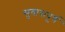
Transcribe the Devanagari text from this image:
सुवासपूर्ण